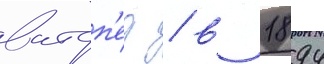
ватоп'ед / в 1894